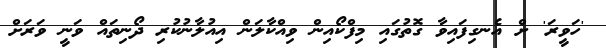
'ހަވީރަ' ށް އެނގިފައިވާ ގޮތުގައި މިފްކޯއިން ވިއްކާލަން އިއުލާނުކުރި ދޯނިތައް ވަނީ ވަރަށް